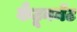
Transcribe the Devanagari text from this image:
कैंटूनमेंट